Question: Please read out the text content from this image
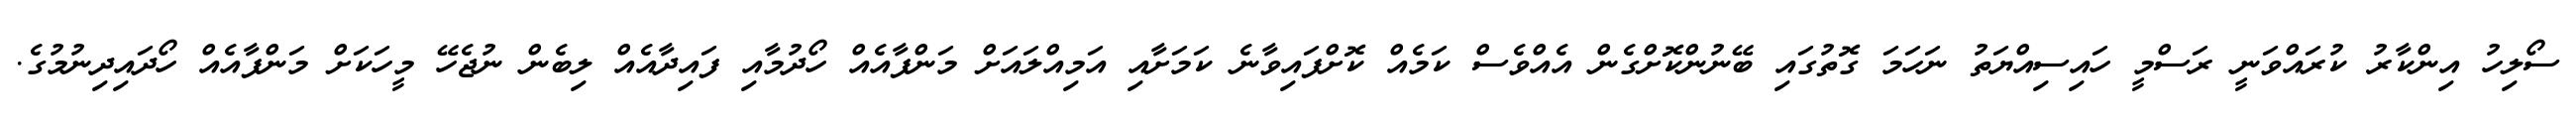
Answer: ސޯލިހު އިންކާރު ކުރައްވަނީ ރަސްމީ ހައިސިއްޔަތު ނަހަމަ ގޮތުގައި ބޭނުންކޮށްގެން އެއްވެސް ކަމެއް ކޮށްފައިވާނެ ކަމަށާއި އަމިއްލައަށް މަންފާއެއް ހޯދުމާއި ފައިދާއެއް ލިބެން ނުޖެހޭ މީހަކަށް މަންފާއެއް ހޯދައިދިނުމުގެ.